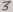
Text: 3